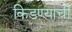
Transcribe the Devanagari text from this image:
किडण्याची